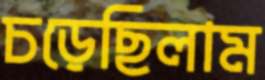
চড়েছিলাম